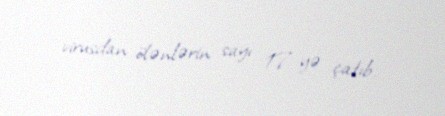
virusdan ölənlərin sayı 17-yə çatıb.